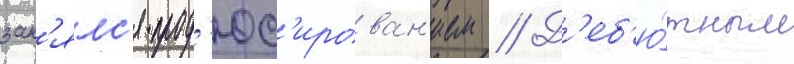
зан'ялс'я прод'юс'ирован'ием // Д'еб'ю́тным